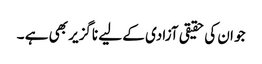
جو ان کی حقیقی آزادی کے لیے ناگزیر بھی ہے ۔